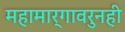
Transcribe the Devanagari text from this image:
महामार्गावरुनही